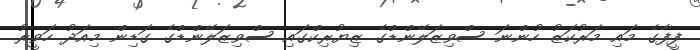
ފީފާގެ މައި މަރުކަޒު ހުންނަ ސްވިޒަލޭންޑްގެ ޒިޔުރިކްގައި ސްވިޒަލޭންޑްގެ ގަޑިން މިއަދު ހަވީރު